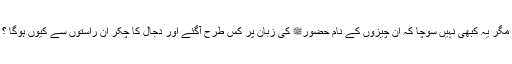
مگر یہ کبھی نہیں سوچا کہ ان چیزوں کے نام حضورﷺ کی زبان پر کس طرح آگئے اور دجال کا چکر ان راستوں سے کیوں ہوگا ؟